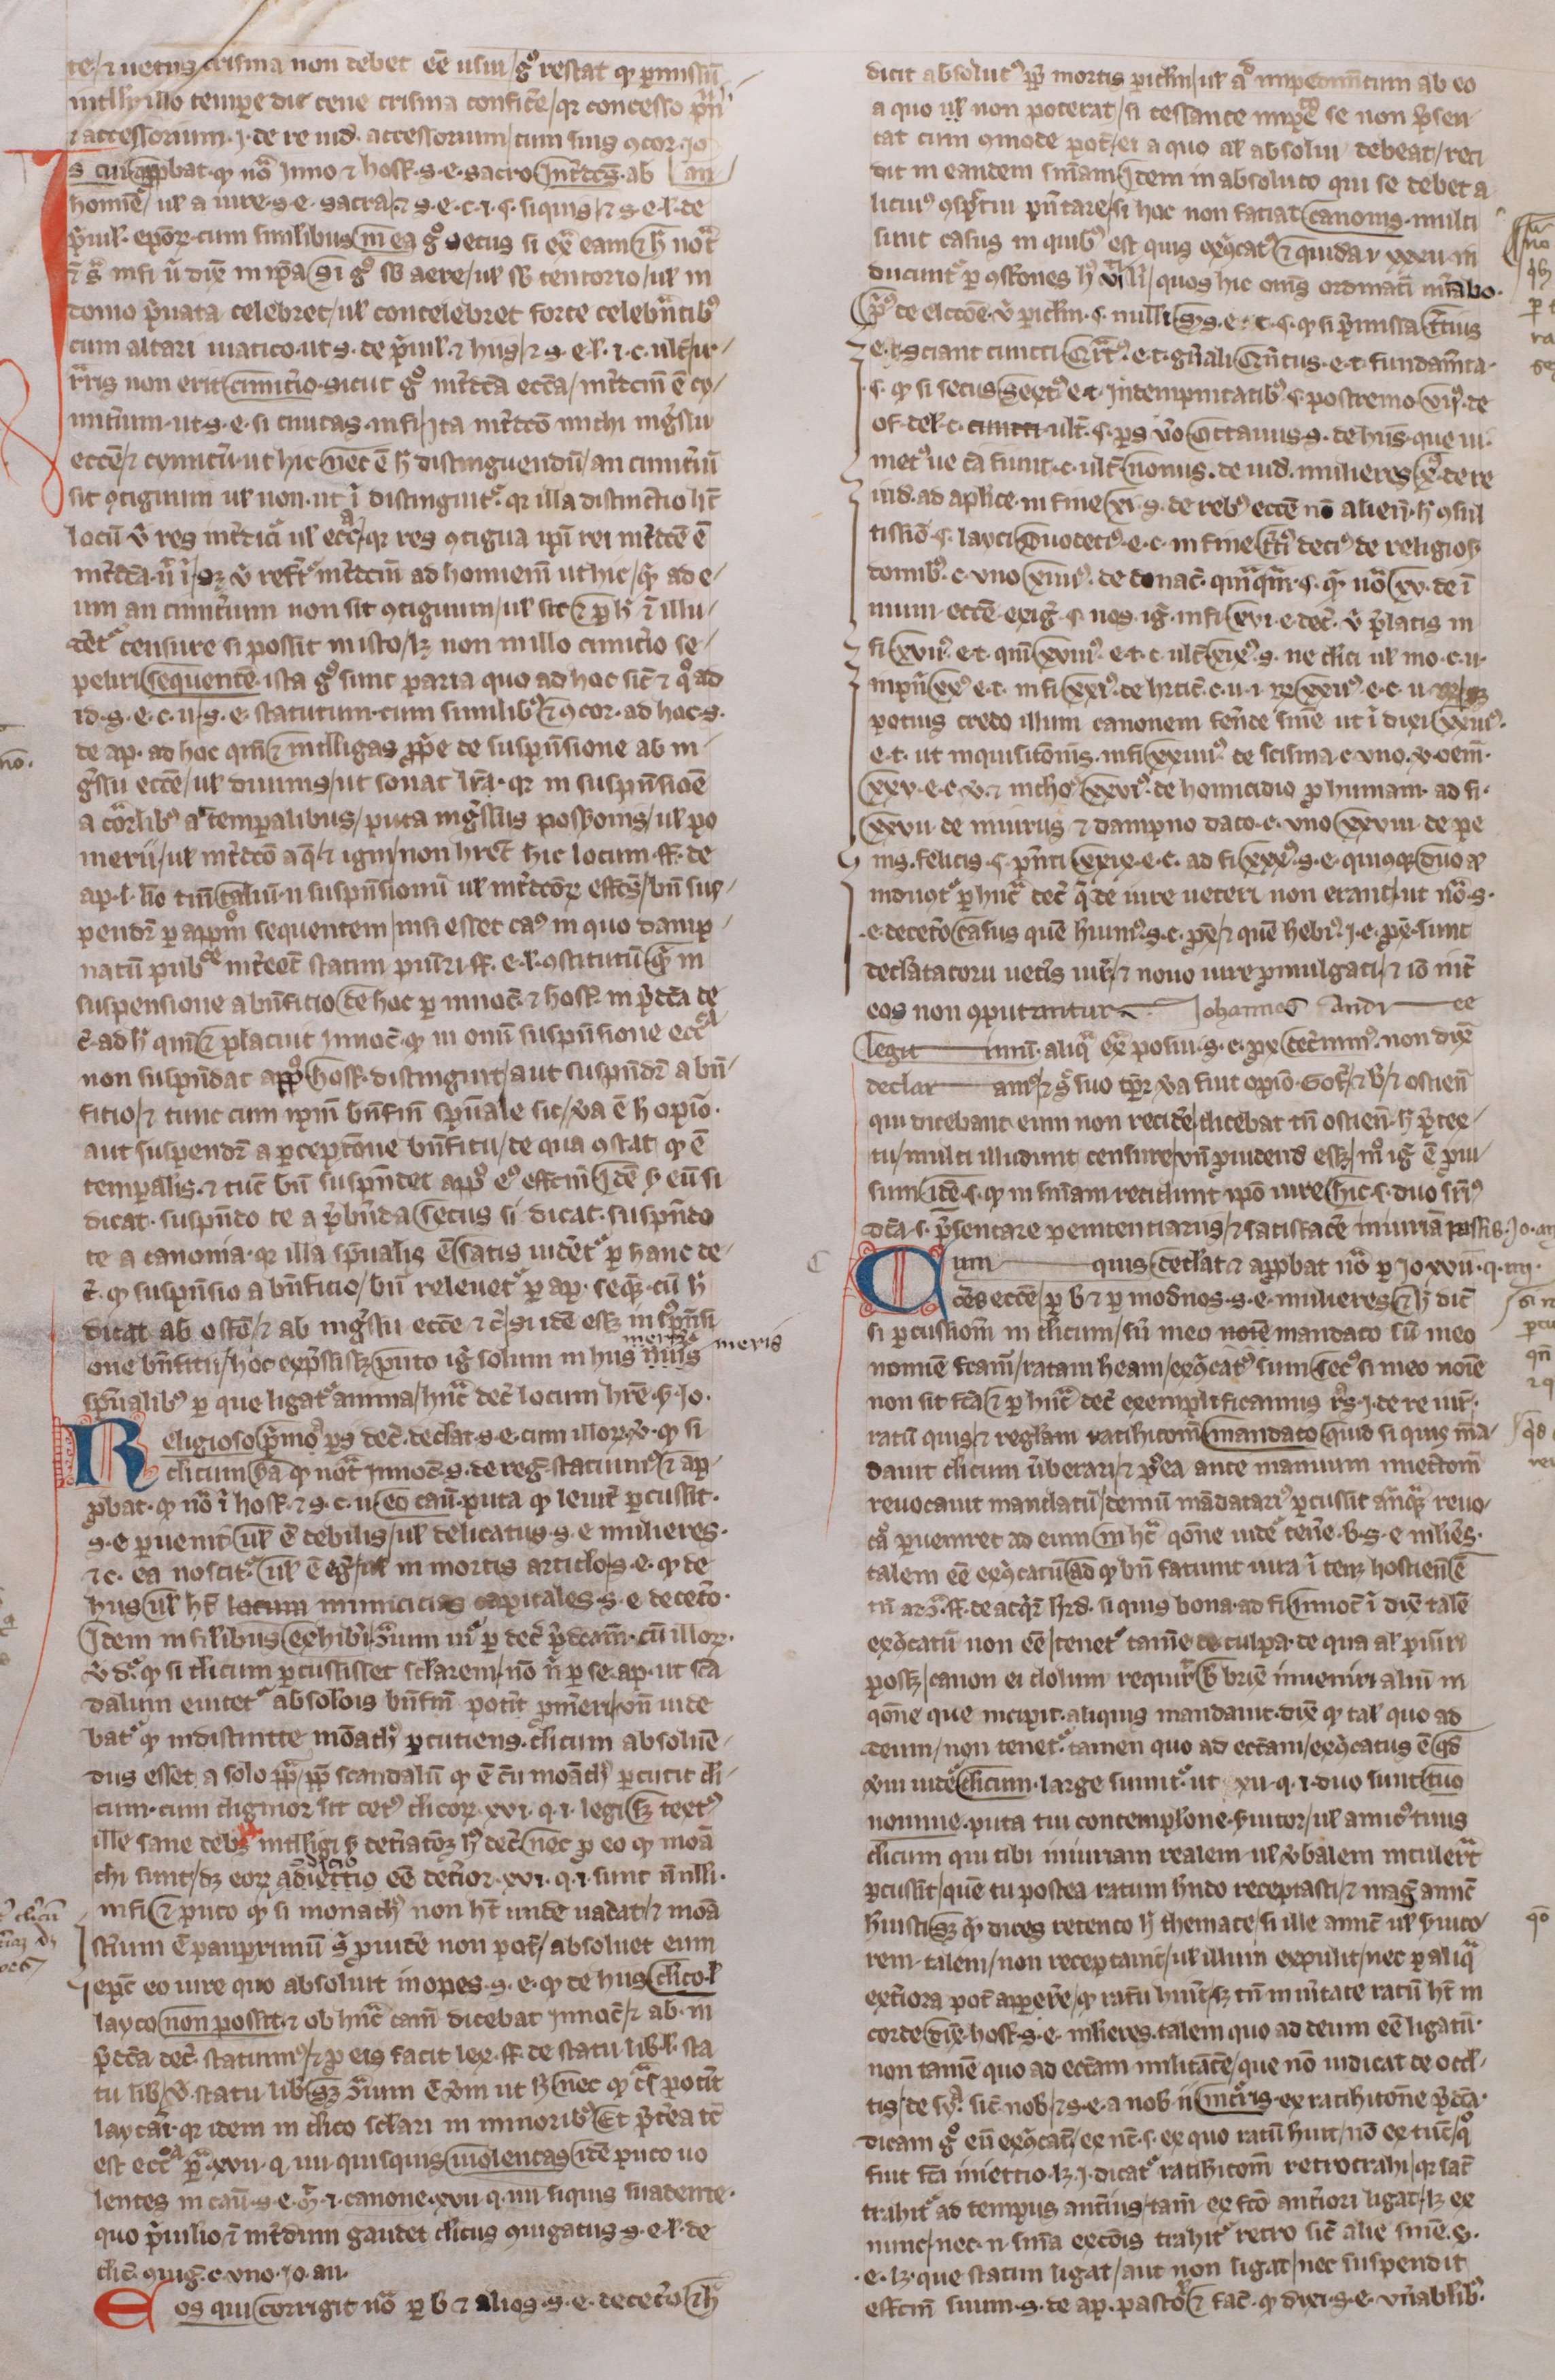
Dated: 1300–1399